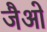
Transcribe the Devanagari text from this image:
जैओ